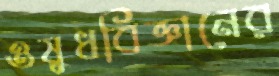
ওষুধবিজ্ঞানের